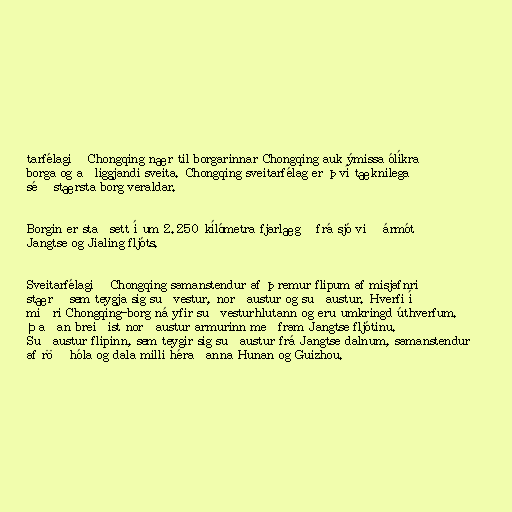
tarfélagið Chongqing nær til borgarinnar Chongqing auk ýmissa ólíkra
borga og aðliggjandi sveita. Chongqing sveitarfélag er því tæknilega
séð stærsta borg veraldar.

Borgin er staðsett í um 2.250 kílómetra fjarlægð frá sjó við ármót
Jangtse og Jialing fljóts.

Sveitarfélagið Chongqing samanstendur af þremur flipum af misjafnri
stærð sem teygja sig suðvestur, norðaustur og suðaustur. Hverfi í
miðri Chongqing-borg ná yfir suðvesturhlutann og eru umkringd úthverfum.
Þaðan breiðist norðaustur armurinn meðfram Jangtse fljótinu.
Suðaustur flipinn, sem teygir sig suðaustur frá Jangtse dalnum, samanstendur
af röð hóla og dala milli héraðanna Hunan og Guizhou.